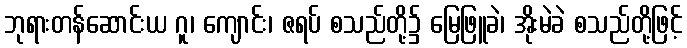
ဘုရားတန်ဆောင်းယ ဂူ၊ ကျောင်း၊ ဇရပ် စသည်တို့၌ မြေဖြူခဲ၊ အိုးမဲခဲ စသည်တို့ဖြင့်